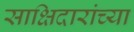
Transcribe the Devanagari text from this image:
साक्षिदारांच्या